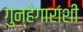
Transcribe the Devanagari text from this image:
गुन्हेगारांशी